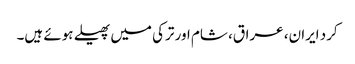
کرد ایران، عراق، شام اور ترکی میں پھیلے ہوئے ہیں۔